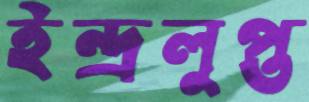
ইন্দ্রলুপ্ত